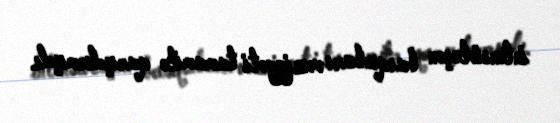
intensivləşən basqınları vəziyyəti tamamilə qarışdırmışdı.